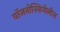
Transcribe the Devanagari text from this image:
वॉजनोस्कियेलीज़